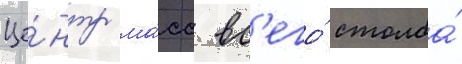
Це́нтр ма́сс вс'его́ столба́